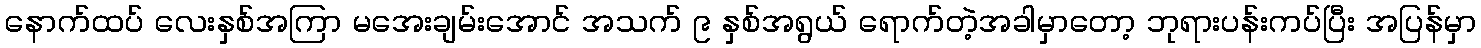
နောက်ထပ် လေးနှစ်အကြာ မအေးချမ်းအောင် အသက် ၉ နှစ်အရွယ် ရောက်တဲ့အခါမှာတော့ ဘုရားပန်းကပ်ပြီး အပြန်မှာ